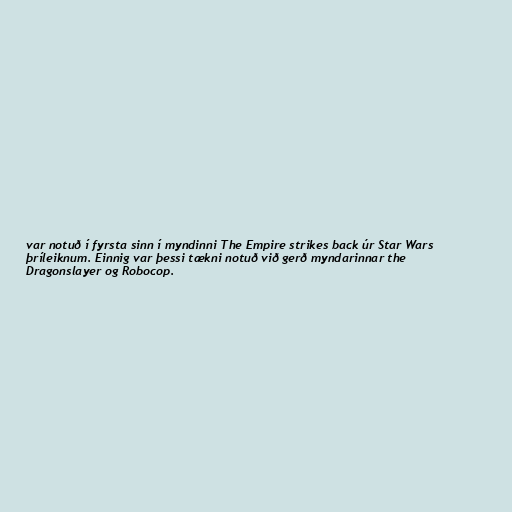
var notuð í fyrsta sinn í myndinni The Empire strikes back úr Star Wars
þríleiknum. Einnig var þessi tækni notuð við gerð myndarinnar the
Dragonslayer og Robocop.